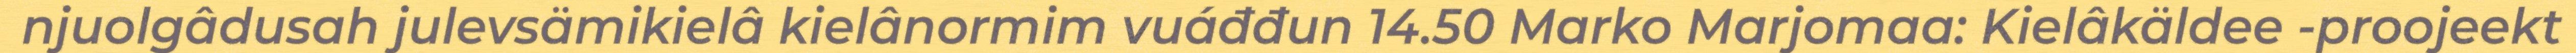
njuolgâdusah julevsämikielâ kielânormim vuáđđun 14.50 Marko Marjomaa: Kielâkäldee -proojeekt